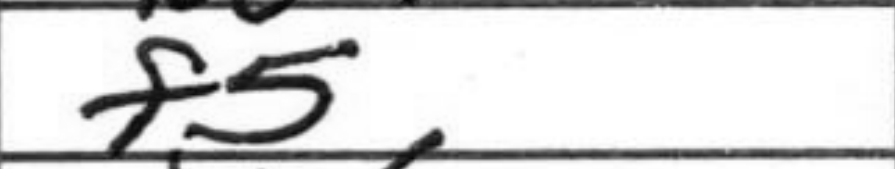
Transcription: f5